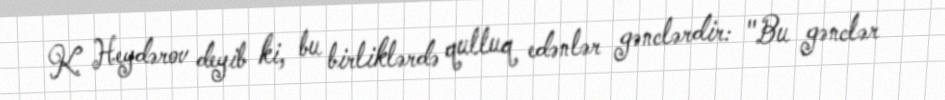
K. Heydərov deyib ki, bu birliklərdə qulluq edənlər gənclərdir: "Bu gənclər